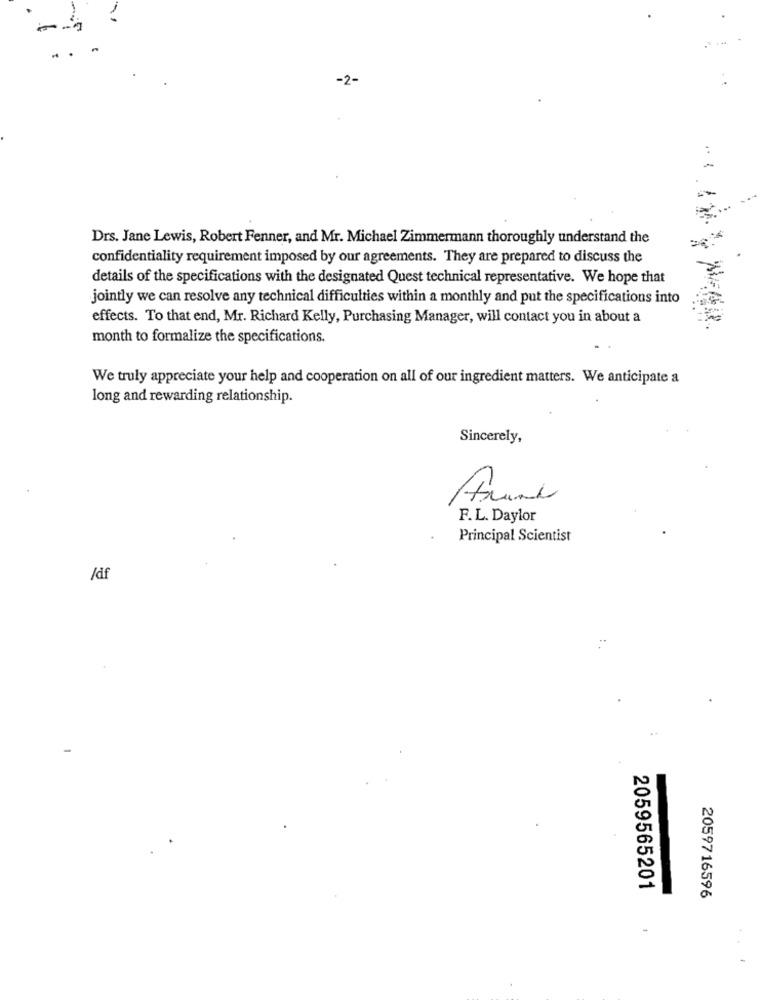
-2-
Drs. Jane Lewis, Robert Fenner, and Mr. Michael Zimmermann thoroughly understand the
confidentiality requirement imposed by our agreements. They are prepared to discuss the
details of the specifications with the designated Quest technical representative. We hope that
jointly we can resolve any technical difficulties within a monthly and put the specifications into
effects. To that end, Mr. Richard Kelly, Purchasing Manager, will contact you in about a
month to formalize the specifications.
We truly appreciate your help and cooperation on all of our ingredient matters. We anticipate a
long and rewarding relationship.
Sincerely,
F. L. Daylor
Principal Scientist
/df
2059565201
2059716596